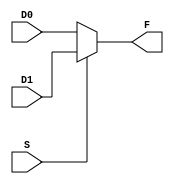
// Luis Pedro Molina Velsquez - Carn 18822 
// Electrnica Digital 1 - Seccin 12
// Laboratorio 5

// Construccin de los Mux:
// Mux 2:1

module mux2a1(output wire F, input wire D0, D1, S);

    // Declaracin de cables
    assign F = S ? D1 : D0;

endmodule

// Mux 4:1

module mux4a1(output wire F, input wire D1, D2, D3, D4, S1, S2);

    // Declaracin de cables entre muxes
    wire ca1, ca2;
    // Implementacin de mdulos
    mux2a1 connect1(ca1, D1, D2, S1);
    mux2a1 connect2(ca2, D3, D4, S1);
    mux2a1 connect3(F, ca1, ca2, S2);

endmodule

// Mux 8:1

module mux8a1(output wire F, input wire D1, D2, D3, D4, D5, D6, D7, D8, S1, S2, S3);

    // Declaracinn de cables entre muxes
    wire ca1, ca2, ca3, ca4;
    // Implementacin de mdulos
    mux2a1 connect1(ca1, D1, D2, S1);
    mux2a1 connect2(ca2, D3, D4, S1);
    mux2a1 connect3(ca3, D5, D6, S1);
    mux2a1 connect4(ca4, D7, D8, S1);
    mux4a1 connect5(F, ca1, ca2, ca3, ca4, S2, S3);

endmodule

// Coneccin de cables a muxes

// Tabla 1
// Tabla 1 - mux 8:1

module t1mux8a1(output wire F, input wire inA, inB, inC);

    // Declaracin de cables
    wire high, low;
    // Asignacin de valores a mis cables
    assign high = 1;
    assign low = 0;
    // Construccin del mux 8:1
    mux8a1 connect(F, low, high, high, low, high, low, low, high, inA, inB, inC);

endmodule

// Tabla 1 - mux 4:1

module t1mux4a1(output wire F, input wire inA, inB, inC);

    // Declaracin de cables
    wire R1;
    // Asignacin de compuertas
    assign R1 = ~inC;
    // Construccin del mux 4:1 
    mux4a1 connect(F, inC, R1, R1, inC, inA, inB);

endmodule

// Tabla 1 - mux 2:1

module t1mux2a1(output wire F, input wire inA, inB, inC);

    // Declaracin de cables
    wire L, P;
    // Asignacin de compuertas
    assign L = inB ^ inC;
    assign P = inB ~^inC;
    // Construccin del mux 2:1
    mux2a1 connect(F, L, P, inA);

endmodule

// Tabla 2
// Tabla 2 - mux 8:1

module t2mux8a1(output wire F, input wire inA, inB, inC);
    
    // Declaracin de cables
    wire high, low;
    // Asignacin de valores a mis cables
    assign high = 1;
    assign low = 0;
    // Construccin del mux 8:1
    mux8a1 connect(F, high, low, low, low, low, high, high, low, inC, inB, inA);

endmodule

// Tabla 2 - mux 4:1

module t2mux4a1(output wire F, input wire inA, inB, inC);

    // Declaracin de cables
    wire H, L, R1;
    // Declaracin de compuertas
    assign H = 1;
    assign L = 0;
    assign R1 = ~inC;
    // Consntruccin del mux 4:1
    mux4a1 connect(F, R1, L, inC, R1, inB, inA);

endmodule

// Tabla 2 - mux 2:1

module t2mux2a1(output wire F, input wire inA, inB, inC);

    // Declaracin de cables
    wire L, P; 
    // Declaracin de compuertas
    assign L = (inB) ~| (inC);
    assign P = (inB) ^ (inC);
    // Construccin del mux 2:1
    mux2a1 connect(F, L, P, inA);

endmodule